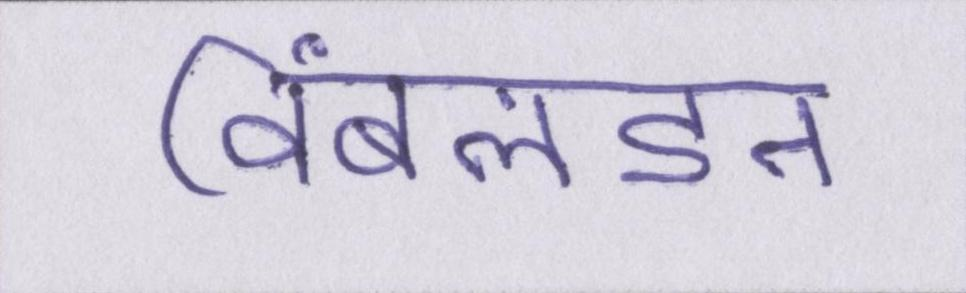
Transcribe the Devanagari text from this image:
विंबलडन